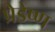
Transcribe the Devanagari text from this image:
प्रेडेष्ण